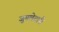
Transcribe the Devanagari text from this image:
जुमलेदारी